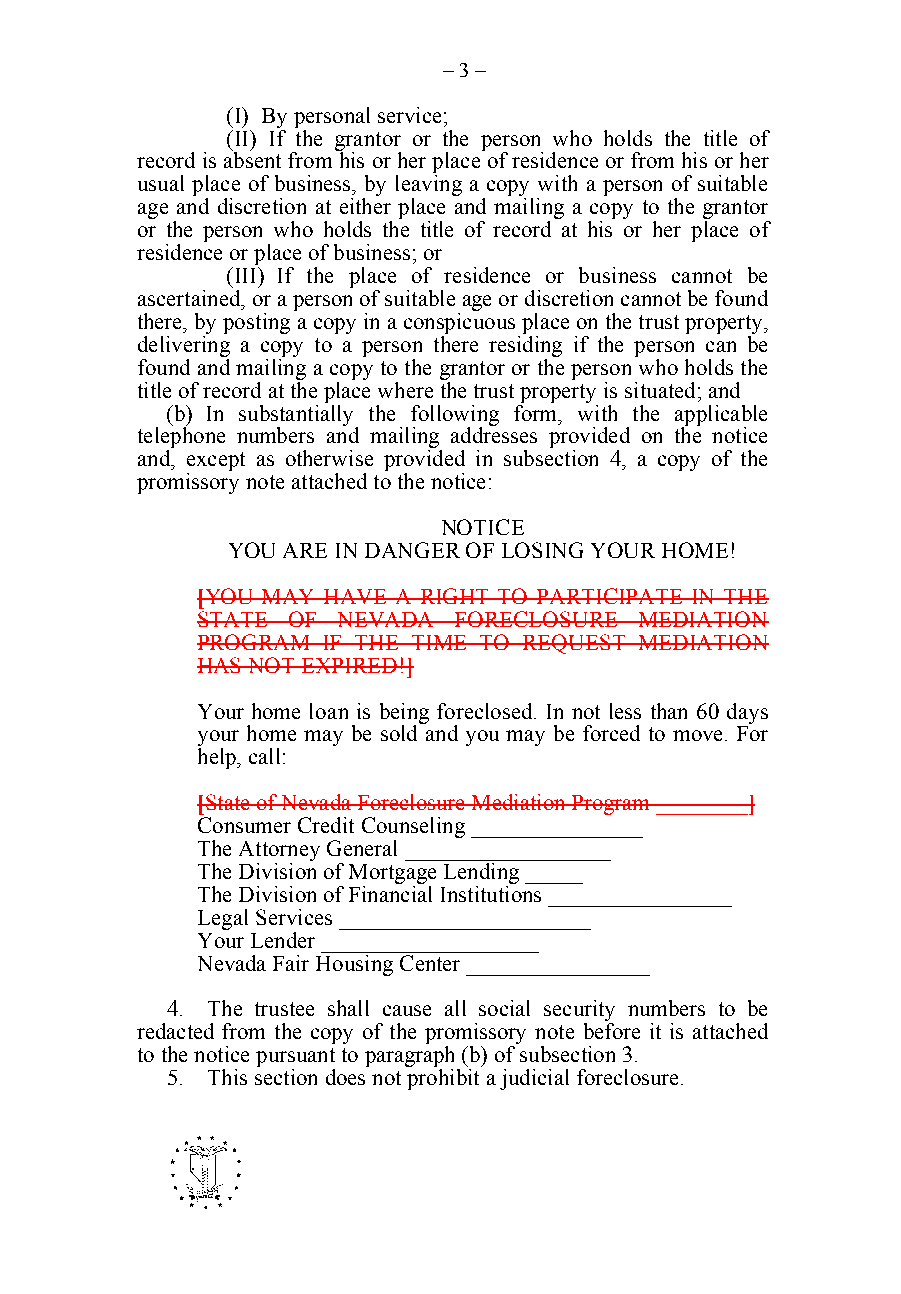
– 3 –
 (I) By personal service;
 (II) If the grantor or the person who holds the title of
 record is absent from his or her place of residence or from his or her
 usual place of business, by leaving a copy with a person of suitable
 age and discretion at either place and mailing a copy to the grantor
 or the person who holds the title of record at his or her place of
 residence or place of business; or
 (III) If the place of residence or business cannot be
 ascertained, or a person of suitable age or discretion cannot be found
 there, by posting a copy in a conspicuous place on the trust property,
 delivering a copy to a person there residing if the person can be
 found and mailing a copy to the grantor or the person who holds the
 title of record at the place where the trust property is situated; and
 (b) In substantially the following form, with the applicable
 telephone numbers and mailing addresses provided on the notice
 and, except as otherwise provided in subsection 4, a copy of the
 promissory note attached to the notice:
 NOTICE
 YOU ARE IN DANGER OF LOSING YOUR HOME!
 [YOU MAY HAVE A RIGHT TO PARTICIPATE IN THE
 STATE OF  NEVADA  FORECLOSURE MEDIATION
 PROGRAM  IF THE TIME TO REQUEST MEDIATION
 HAS NOT EXPIRED!]
 Your home loan is being foreclosed. In not less than 60 days
 your home may be sold and you may be forced to move. For
 help, call:
 [State of Nevada Foreclosure Mediation Program ________]
 Consumer Credit Counseling _______________
 The Attorney General __________________
 The Division of Mortgage Lending _____
 The Division of Financial Institutions ________________
 Legal Services ______________________
 Your Lender ___________________
 Nevada Fair Housing Center ________________
 4. The trustee shall cause all social security numbers to be
 redacted from the copy of the promissory note before it is attached
 to the notice pursuant to paragraph (b) of subsection 3.
 5. This section does not prohibit a judicial foreclosure.
 -